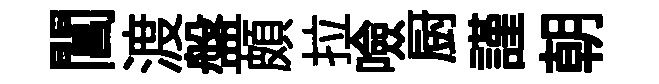
閶渡盤頗拉噞厨謹朝